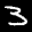
Label: 3